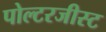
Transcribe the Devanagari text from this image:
पोल्टरजीस्ट